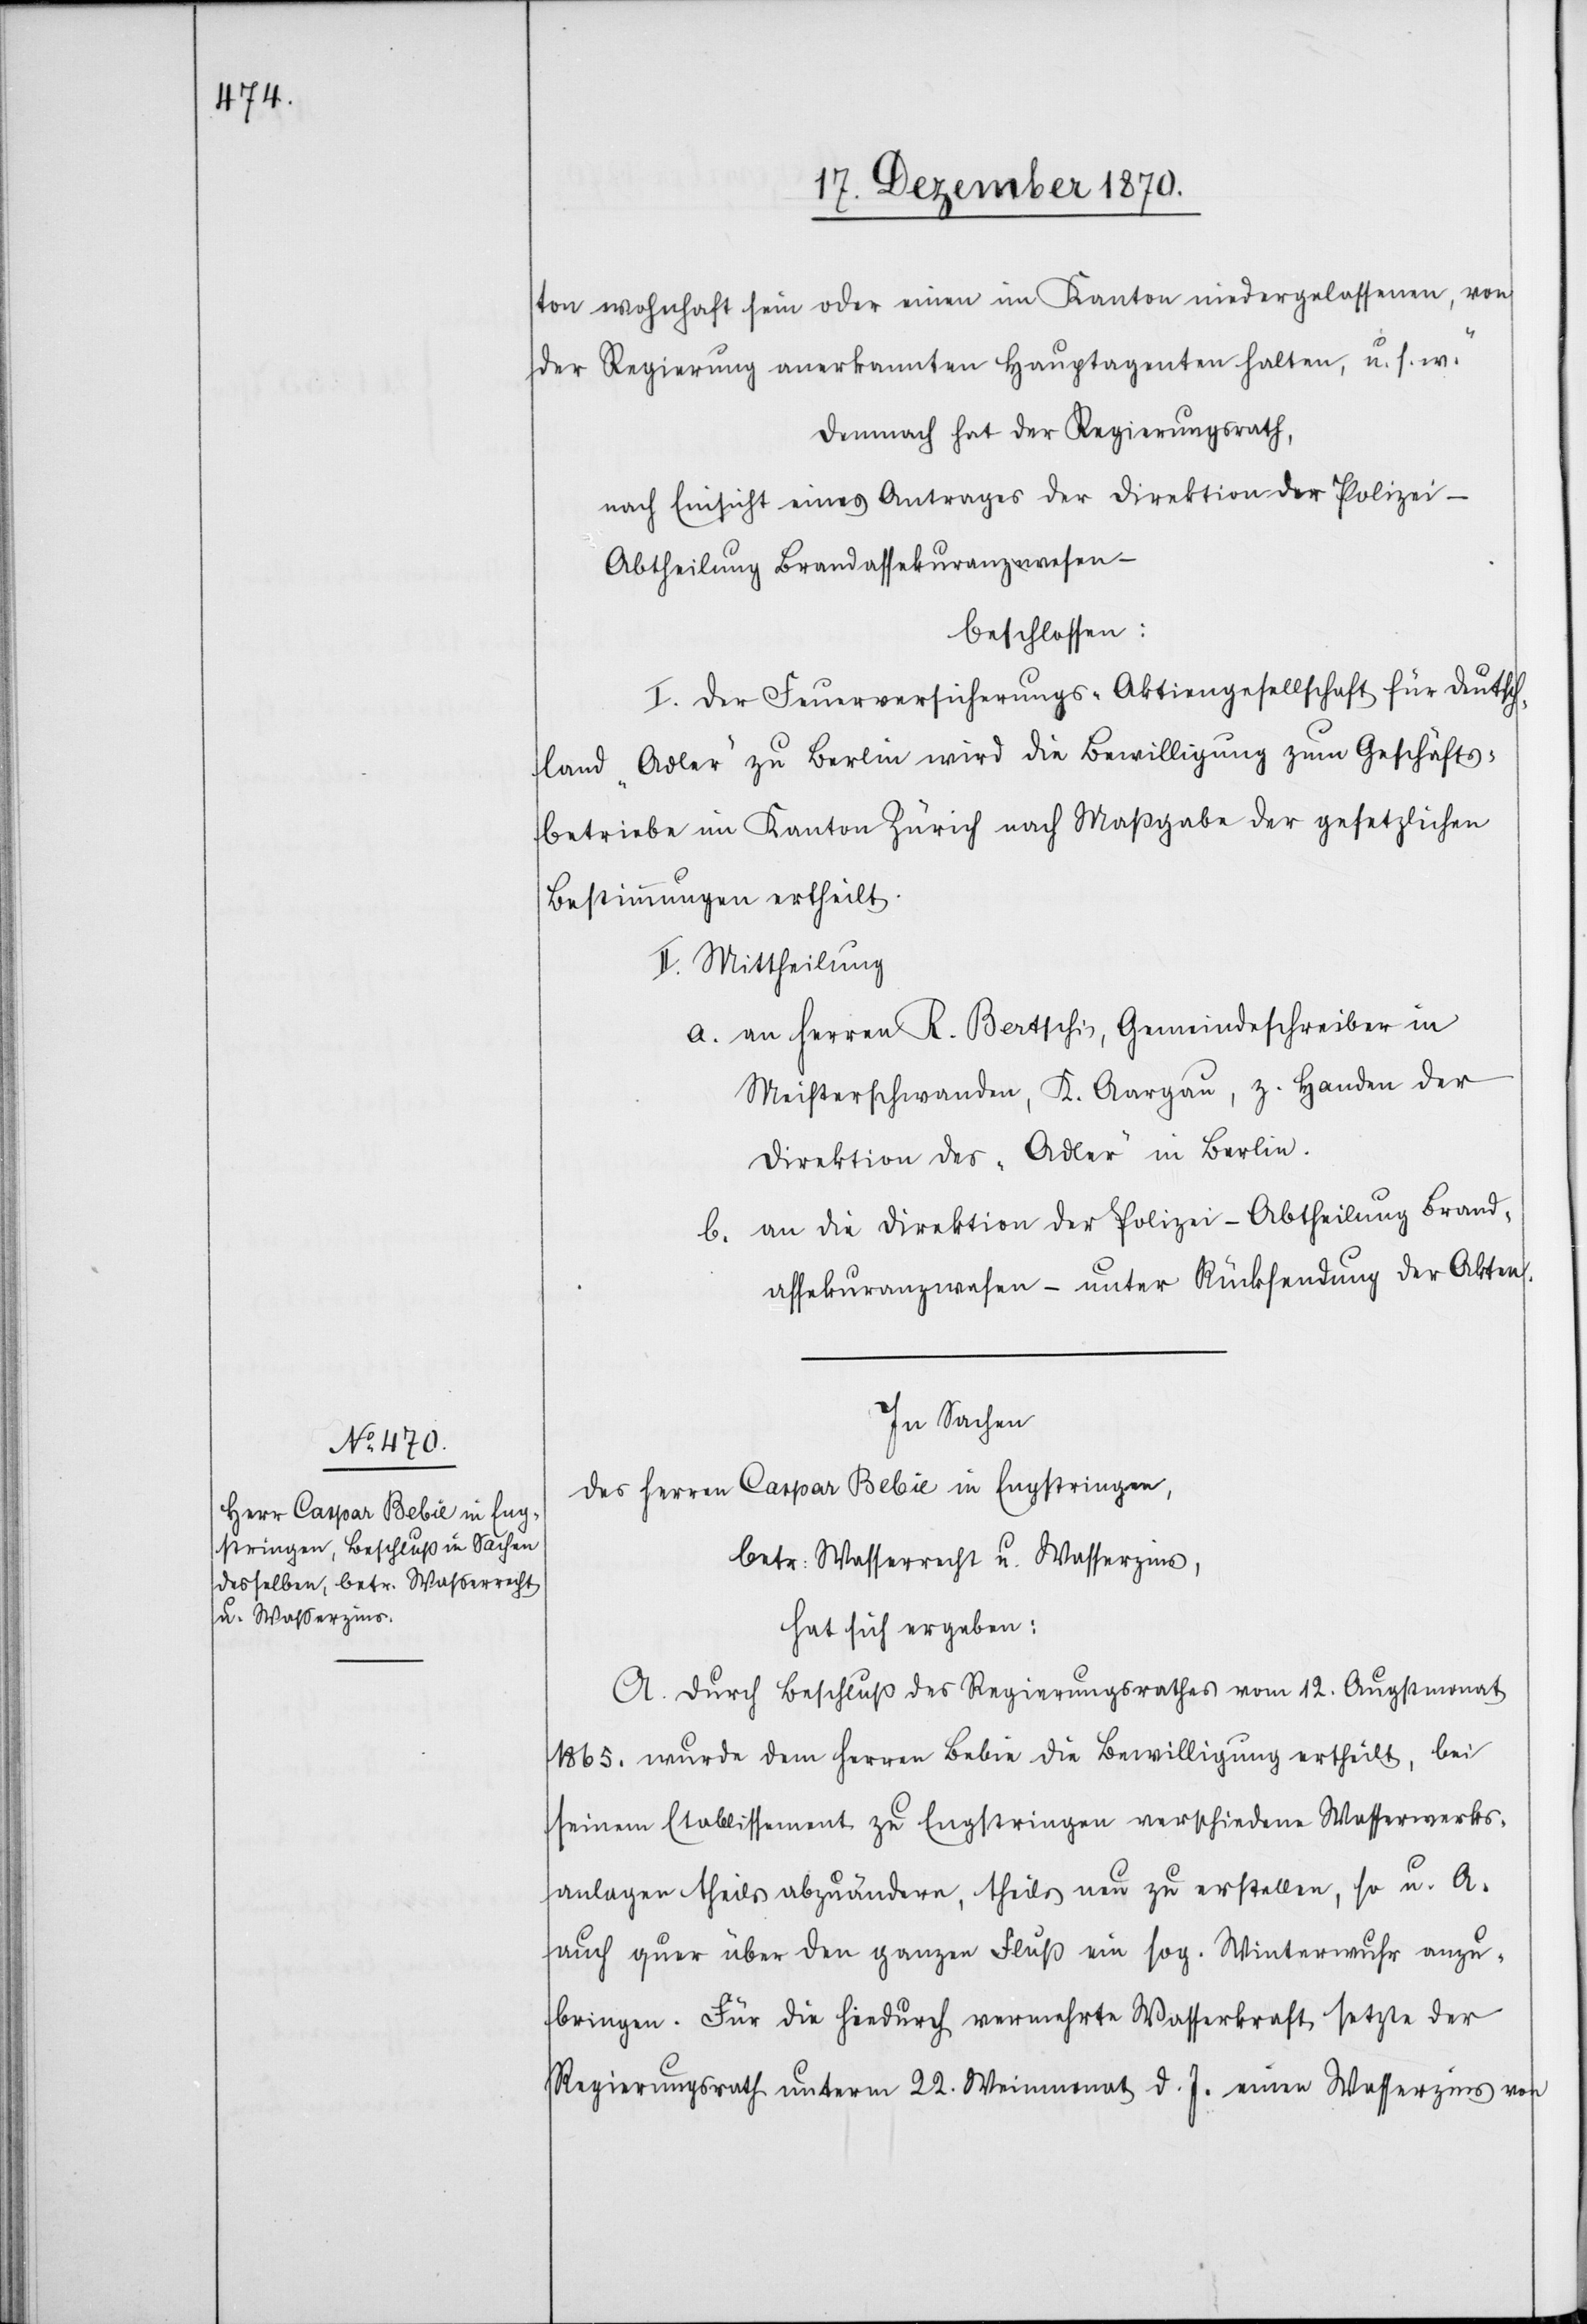
der Regierung anerkannten Hauptagenten halten, u. s. w.“
Demnach hat der Regierungsrath,
nach Einsicht eines Antrages der Direktion der Polizei –
Abtheilung Brandassekuranzwesen –
beschlossen:
I. Der Feuerversicherungs-Aktiengesellschaft für Deutsch¬
land „Adler“ zu Berlin wird die Bewilligung zum Geschäfts¬
betriebe im Kanton Zürich nach Maßgabe der gesetzlichen
Bestimmungen ertheilt.
II. Mittheilung
a. an Herren R. Bertschi, Gemeindeschreiber in
Meisterschwanden, K. Aargau, z. Handen der
Direktion des „Adler“ in Berlin.
b. an die Direktion der Polizei – Abtheilung Brand¬
assekuranzwesen – unter Rücksendung der Akten.